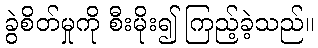
ခွဲစိတ်မှုကို စီးမိုး၍ ကြည့်ခဲ့သည်။